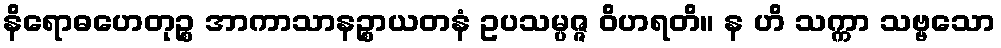
နိရောဓဟေတုဉ္စ အာကာသာနဉ္စာယတနံ ဥပသမ္ပဇ္ဇ ဝိဟရတိ။ န ဟိ သက္ကာ သဗ္ဗသော